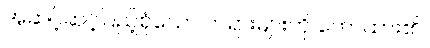
အဆင့်ဆင့်ပြည့်စုံသော တရားများကို ဟောထား၏။